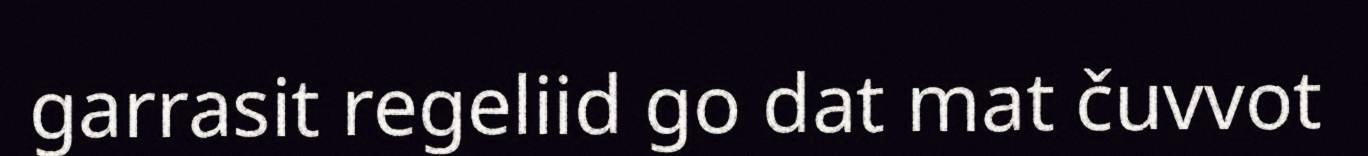
garrasit regeliid go dat mat čuvvot